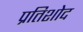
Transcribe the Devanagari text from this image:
प्रतिशोद